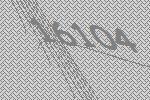
16104